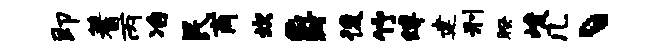
即蓍丙冶民商坎爵後竹缚建刑暌峻几丶